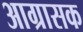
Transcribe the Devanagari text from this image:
आग्रासक